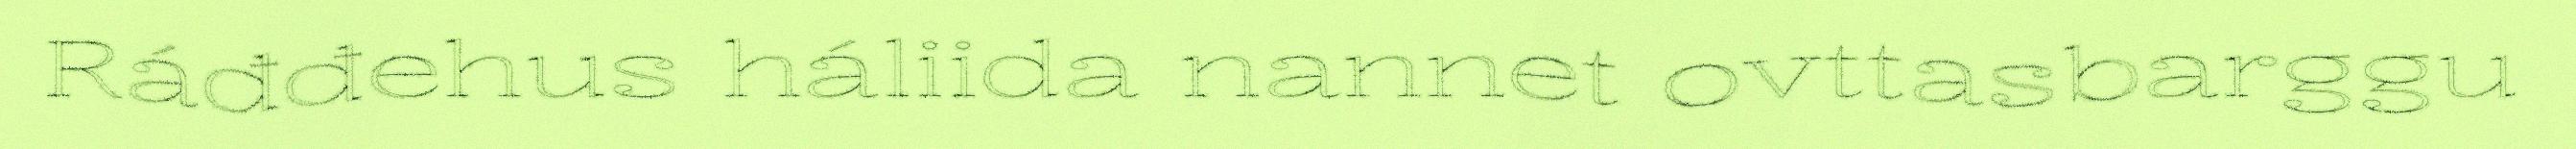
Ráđđehus háliida nannet ovttasbarggu